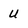
Character: u